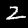
Digit: 2